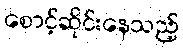
စောင့်ဆိုင်းနေသည့်